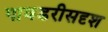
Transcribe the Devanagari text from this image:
पावडरीसदृश